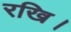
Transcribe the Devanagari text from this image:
रखि।